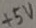
Text: +5V